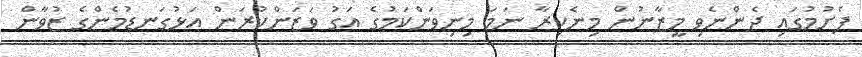
ފެށުމުގައި ދެންނެވި މީޒާނުން މިނެކިރާ ނަމަ މިނިވަންކަމުގެ އަގު ވަޒަންކުރަން އަޅުގަނޑުމެންގެ ޒުވާން